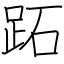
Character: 跖